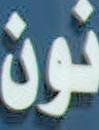
نون